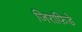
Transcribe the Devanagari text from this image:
जिराफ़िडे